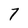
Character: 7